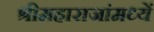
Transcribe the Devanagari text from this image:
श्रीमहाराजांमध्यें